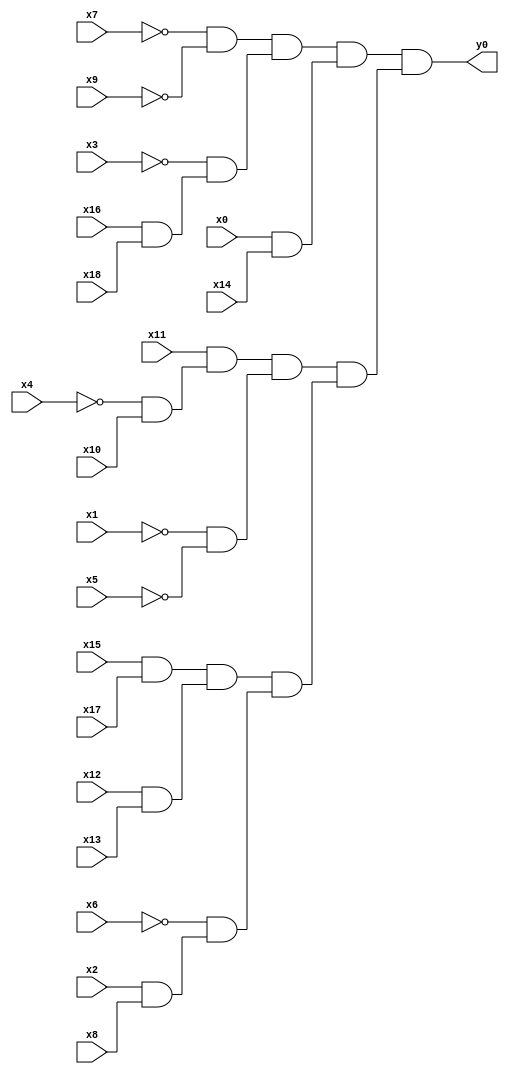
module top( x0 , x1 , x2 , x3 , x4 , x5 , x6 , x7 , x8 , x9 , x10 , x11 , x12 , x13 , x14 , x15 , x16 , x17 , x18 , y0 );
  input x0 , x1 , x2 , x3 , x4 , x5 , x6 , x7 , x8 , x9 , x10 , x11 , x12 , x13 , x14 , x15 , x16 , x17 , x18 ;
  output y0 ;
  wire n20 , n21 , n22 , n23 , n24 , n25 , n26 , n27 , n28 , n29 , n30 , n31 , n32 , n33 , n34 , n35 , n36 , n37 ;
  assign n20 = ~x7 & ~x9 ;
  assign n21 = x16 & x18 ;
  assign n22 = ~x3 & n21 ;
  assign n23 = n20 & n22 ;
  assign n24 = x0 & x14 ;
  assign n25 = n23 & n24 ;
  assign n26 = ~x4 & x10 ;
  assign n27 = x11 & n26 ;
  assign n28 = ~x1 & ~x5 ;
  assign n29 = n27 & n28 ;
  assign n30 = x15 & x17 ;
  assign n31 = x12 & x13 ;
  assign n32 = n30 & n31 ;
  assign n33 = x2 & x8 ;
  assign n34 = ~x6 & n33 ;
  assign n35 = n32 & n34 ;
  assign n36 = n29 & n35 ;
  assign n37 = n25 & n36 ;
  assign y0 = n37 ;
endmodule